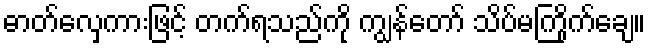
ဓာတ်လှေကားဖြင့် တက်ရသည်ကို ကျွန်တော် သိပ်မကြိုက်ချေ။